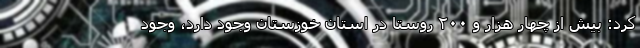
کرد: بیش از چهار هزار و ۲۰۰ روستا در استان خوزستان وجود دارد، وجود